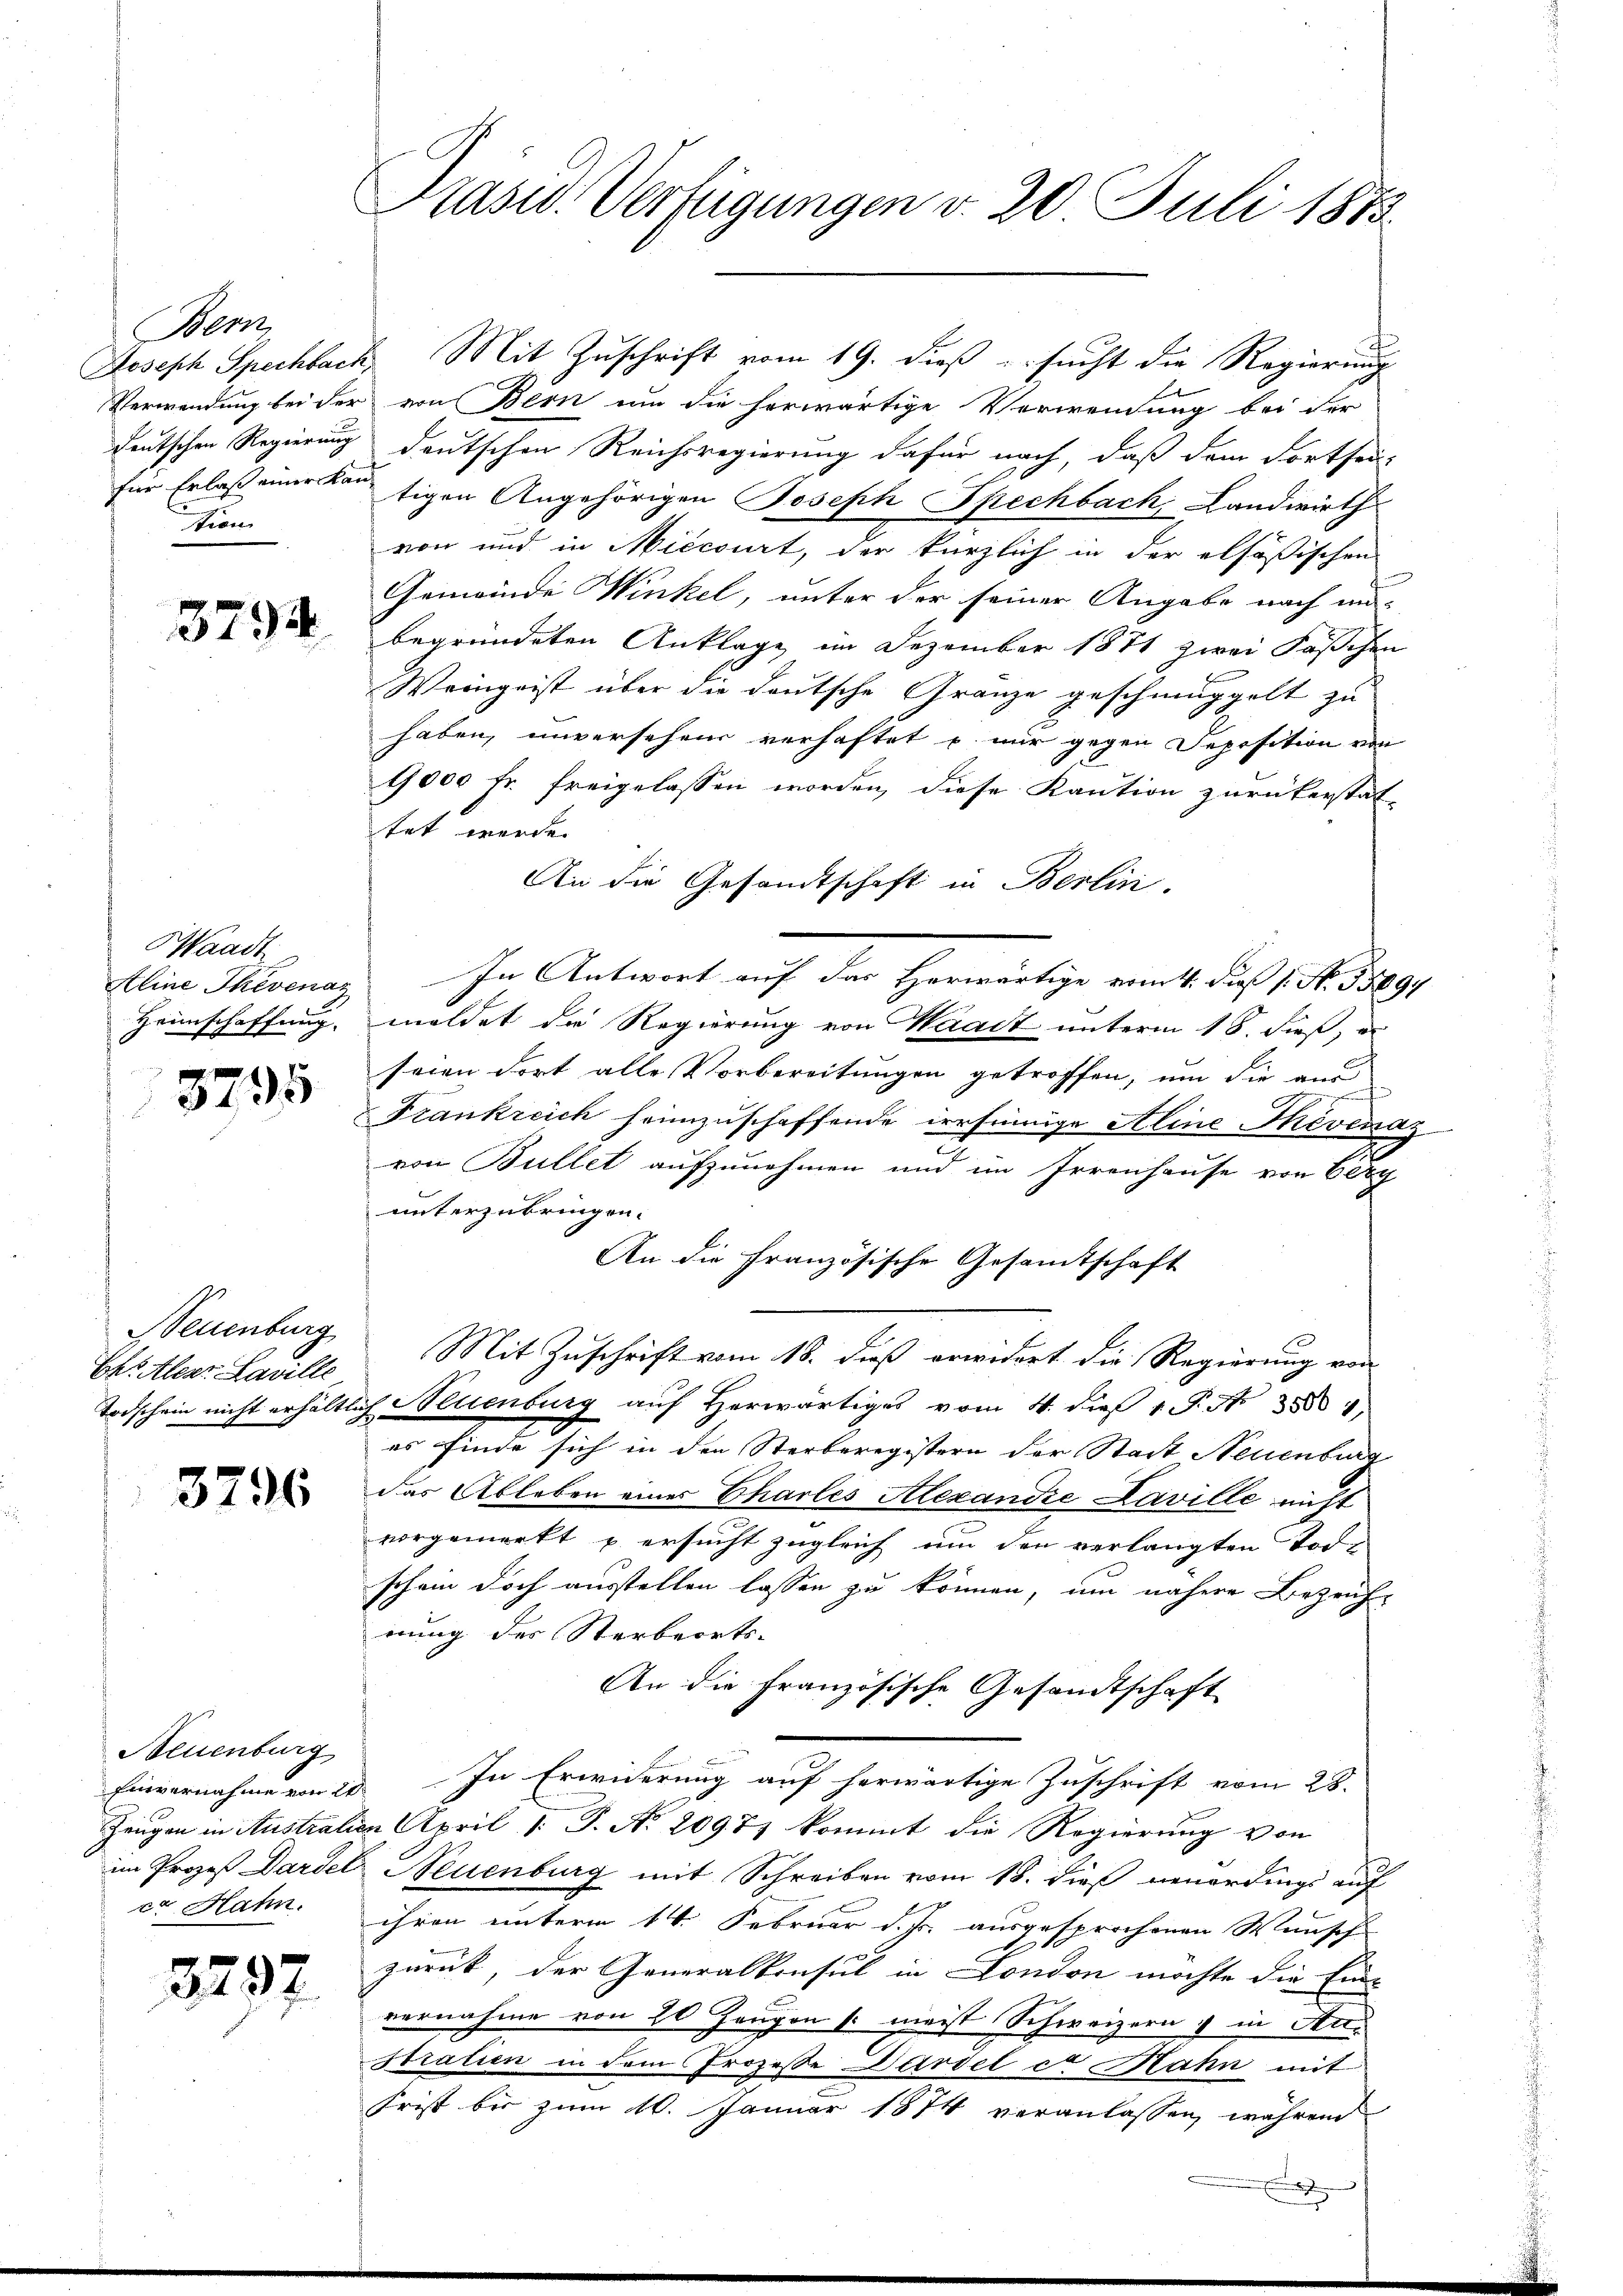
Bern
Joseph Spechbach,
Verwendung bei der
deutschen Regierung
für Erlaß einer Kan
thien

3794

Waadt
Aline Thévenaz
Heimschaffung.

3795

Neuenburg
Eh. leer Laville
Todschein nicht erhältlich

3796

Neuenburg
Einvernahme von 20
Zeugen in Australien
im Prozeß Dardel
ed Hahn.

3297

Präsid. Verfügungen d. 20. Juli 1873.

.

Mit Zuschrift vom 19. dieß ersucht die Regierung
von Bern um die herwärtige Verwendung bei der
deutschen Reichsregierung dafür nach, daß dem Fortsei-
tigen Angehörigen Joseph Spechbach, Landwirth
von und in Miecourt, der kürzlich in der elsößischen
Gemeinde Winkel, unter der seiner Angabe nach un-
begründeten Anklage im Dezember 1871 zwei Fäschen
Weingeist über die deutsche Gränze geschmuggelt zu
haben, unversehen verhaftet u. nur gegen Deposition von
1000 fr. freigelassen worden, diese Kaution zurückerstat-
tet werde.
An die Gesandtschaft in Berlin-
In Antwort auf das Herwärtige vom 4. die 1. No. 1889
meldet die Regierung von Waadt unterm 18. dieß, e
seien dort alle Vorbereitungen getroffen, um die aus
Frankreich heimzuschaffende irrsinnige Aline Thevenaz
von Bullet aufzunehmen und im Irrenhause von Cery
unterzubringen.
An die französische Gesamtschaft
Mit Zuschrift vom 18. dieß erwidert die Regierung von
 Neuenburg aŭf herwärtiges vom 4. die 1 S. No 8884,
es finde sich in den Sterberegistern der Stadt Neuenburg
das Ableben einer Chartes Alexandre Laville nicht
vorgemerkt & ersucht zugleich um den verlangten Vor-
schein doch ausstellen lassen zu können, um nähere Bezeich-
rung des Sterbeorts-
An die französische Gesandtschaft
In Erwiderung auf herwärtige Zuschrift vom 28.
 April d. J. No. 2097) kommt die Regierung von
Neuenburg mit Schreiben vom 18. dieß neuerdings auf
ihren unterm 14. Februar d. Js. ausgesprochenen Wunsch
zurück, der Generalkonsul in London möchte die Ein-
vernahme von 20 Zeugen meist Schweizern & in Anstratien in dem Prozesse Sardel et Rahn mit
frist bis zum 10. Januar 1874 veranlassen, während